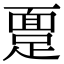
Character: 𫏔